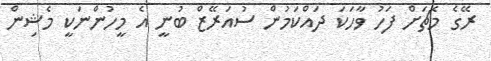
ރޭގެ މެޗަށް ފަހު ވާހަކަ ދައްކަމުން ސުއަރޭޒް ބުނީ އެ މީހުންނަކީ މެޝިން